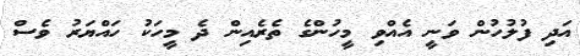
އަދި ފުލުހުން ވަނީ އެއްވި މީހުންގެ ތެރެއިން ދެ މީހަކު ހައްޔަރު ވެސް